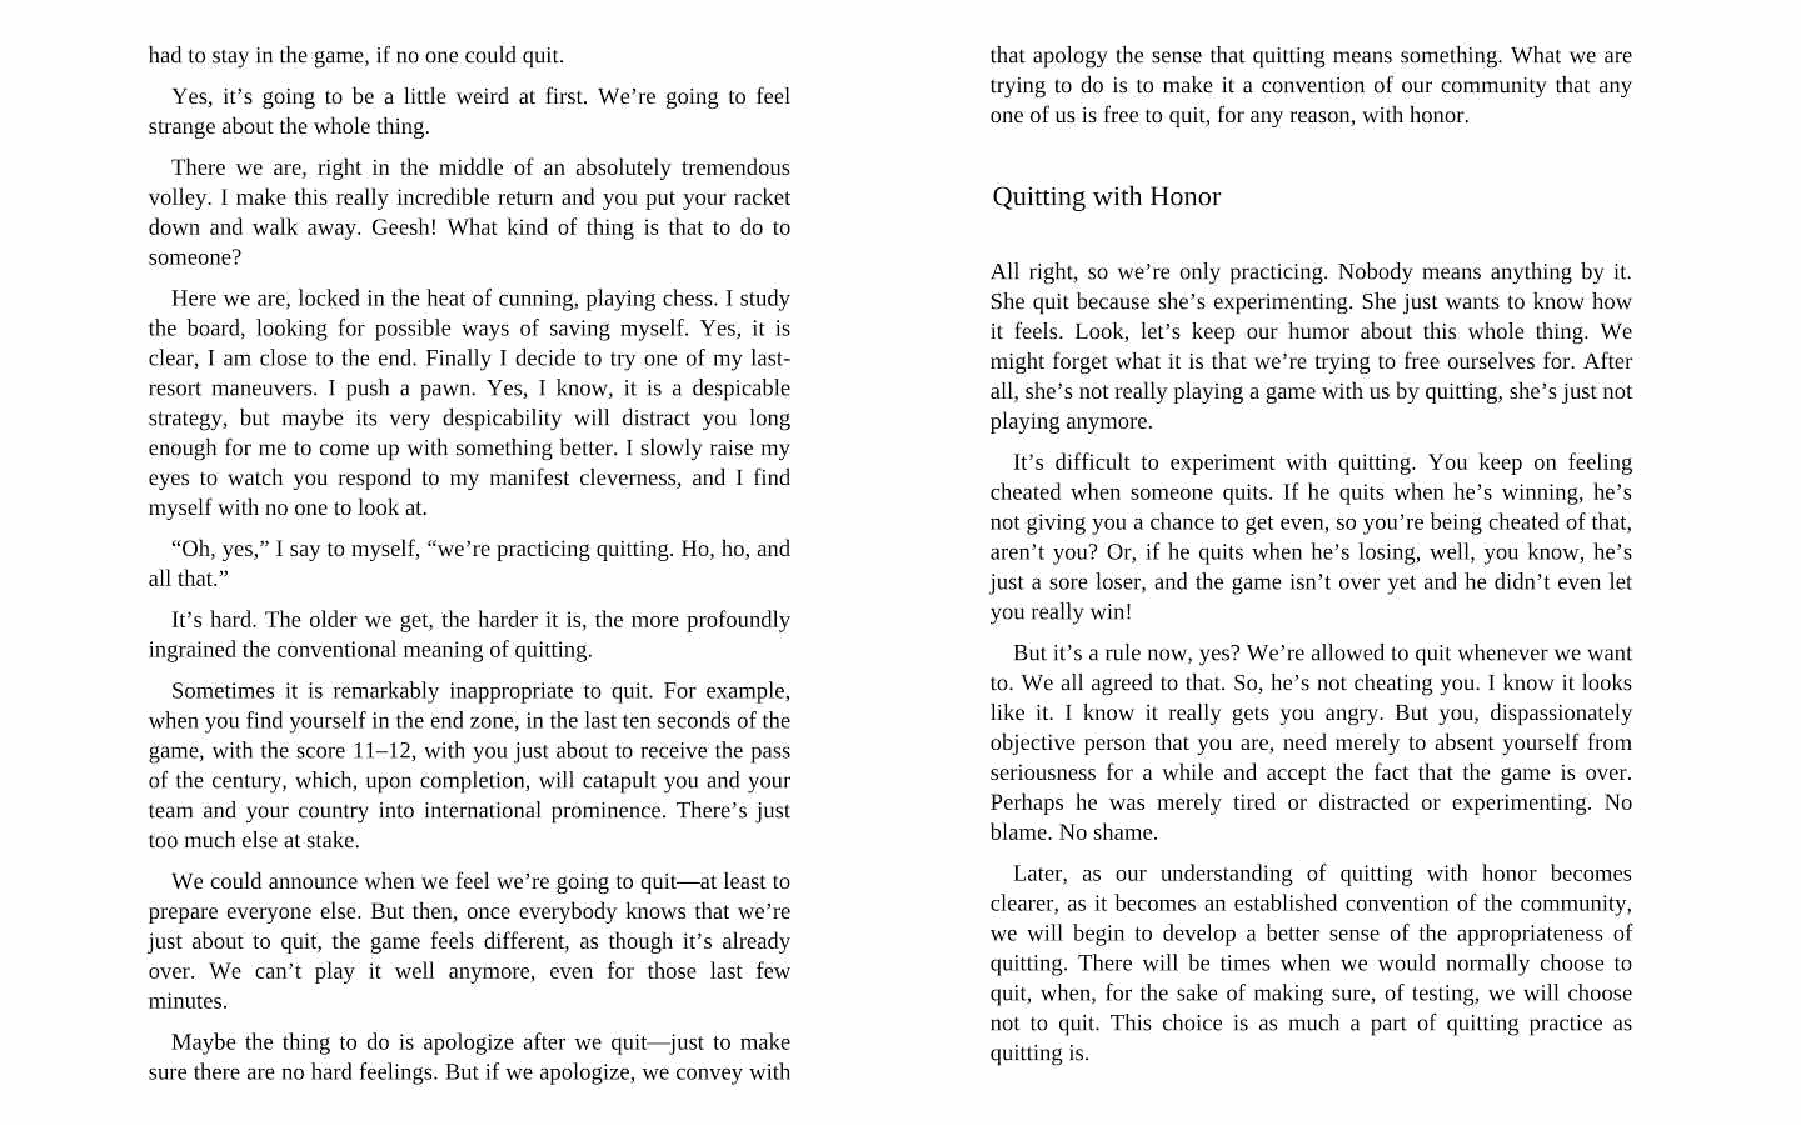
had to stay in the game, if no one could quit.          that apology the sense that quitting means something. What we are
 trying to do is to make it a convention of our community that any
 Yes, it’s going to be a little weird at first. We’re going to feel
 strange about the whole thing.                          one of us is free to quit, for any reason, with honor.
 There we are, right in the middle of an absolutely tremendous
 volley. I make this really incredible return and you put your racket Quitting with Honor
 down and walk away. Geesh! What kind of thing is that to do to
 someone?
 All right, so we’re only practicing. Nobody means anything by it.
 Here we are, locked in the heat of cunning, playing chess. I study
 She quit because she’s experimenting. She just wants to know how
 the board, looking for possible ways of saving myself. Yes, it is
 it feels. Look, let’s keep our humor about this whole thing. We
 clear, I am close to the end. Finally I decide to try one of my last- might forget what it is that we’re trying to free ourselves for. After
 resort maneuvers. I push a pawn. Yes, I know, it is a despicable all, she’s not really playing a game with us by quitting, she’s just not
 strategy, but maybe its very despicability will distract you long playing anymore.
 enough for me to come up with something better. I slowly raise my
 It’s difficult to experiment with quitting. You keep on feeling
 eyes to watch you respond to my manifest cleverness, and I find cheated when someone quits. If he quits when he’s winning, he’s
 myself with no one to look at.
 not giving you a chance to get even, so you’re being cheated of that,
 “Oh, yes,” I say to myself, “we’re practicing quitting. Ho, ho, and aren't you? Or, if he quits when he’s losing, well, you know, he’s
 all that.”                                             just a sore loser, and the game isn’t over yet and he didn’t even let
 you really win!
 It’s hard. The older we get, the harder it is, the more profoundly
 ingrained the conventional meaning of quitting.          But it’s a rule now, yes? We’re allowed to quit whenever we want
 to. We all agreed to that. So, he’s not cheating you. I know it looks
 Sometimes it is remarkably inappropriate to quit. For example,
 like it. 1 know it really gets you angry. But you, dispassionately
 when you find yourself in the end zone, in the last ten seconds of the
 objective person that you are, need merely to absent yourself from
 game, with the score 11-12, with you just about to receive the pass
 seriousness for a while and accept the fact that the game is over.
 of the century, which, upon completion, will catapult you and your
 Perhaps he was merely tired or distracted or experimenting. No
 team and your country into international prominence. There’s just
 blame. No shame.
 too much else at stake.
 Later, as our understanding of quitting with honor becomes
 We could announce when we feel we’re going to quit—at least to
 prepare everyone else. But then, once everybody knows that we’re clearer, as it becomes an established convention of the community,
 we will begin to develop a better sense of the appropriateness of
 just about to quit, the game feels different, as though it’s already
 quitting. There will be times when we would normally choose to
 over. We can’t play it well anymore, even for those last few
 quit, when, for the sake of making sure, of testing, we will choose
 minutes.
 not to quit. This choice is as much a part of quitting practice as
 Maybe the thing to do is apologize after we quit—just to make quitting is.
 sure there are no hard feelings. But if we apologize, we convey with